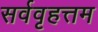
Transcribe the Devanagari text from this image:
सर्ववृहत्तम